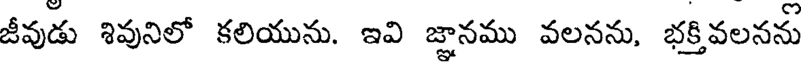
జీవుడు శివునిలో కలియును. ఇవి జ్ఞానము వలనను, భక్తివలనను